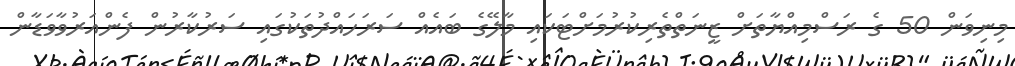
މިނިވަން 50 ގެ ރަސްމިއްޔާތަށް ޒީނަތްތެރިކުރުމަށްޓަކައި މާލޭގެ ބައެއް ސަރަހައްދުތަކުގައި ސަރުކާރުން ފެންއަރުވާވަޑާން